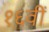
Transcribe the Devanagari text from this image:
१६वीँ